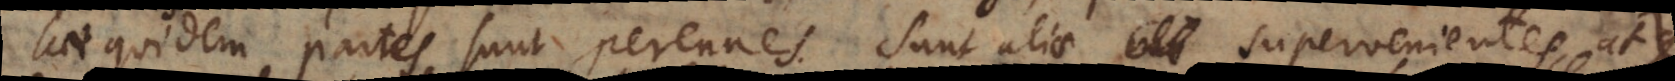
aec quidem partes sunt perennes. Sunt aliae supervenientes atque